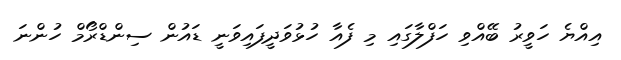
އިއްޔެ ހަވީރު ބޭއްވި ހަފްލާގައި މި ފެއާ ހުޅުވަދީފައިވަނީ ޑައުން ސިންޑްރޯމް ހުންނަ